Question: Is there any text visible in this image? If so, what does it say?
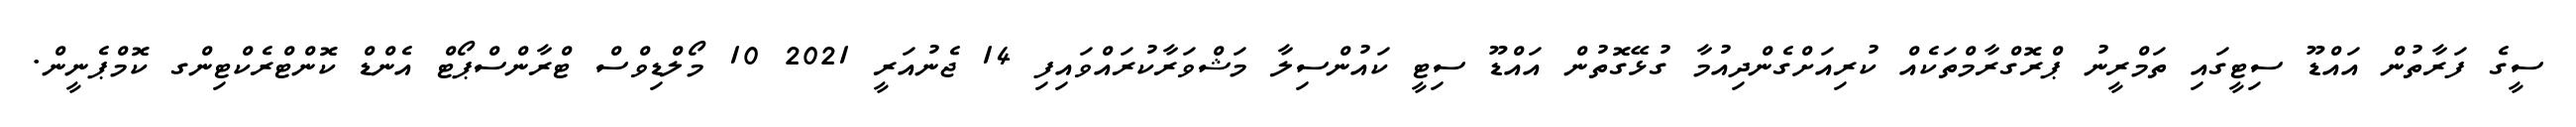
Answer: ސީގެ ފަރާތުން އައްޑޫ ސިޓީގައި ތަމްރީނު ޕްރޮގްރާމްތަކެއް ކުރިއަށްގެންދިއުމާ ގުޅޭގޮތުން އައްޑޫ ސިޓީ ކައުންސިލާ މަޝްވަރާކުރައްވައިފި 14 ޖެނުއަރީ 2021 10 މޯލްޑިވްސް ޓްރާންސްޕޯޓް އެންޑް ކޮންޓްރެކްޓިންގ ކޮމްޕެނީން.